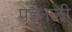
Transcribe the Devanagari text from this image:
पहनली